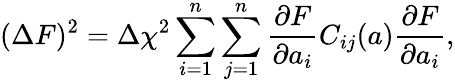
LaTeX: (\Delta F)^{2}=\Delta\chi^{2}\sum_{i=1}^{n}\sum_{j=1}^{n}\frac{\partial F}{\partial a_{i}}C_{ij}(a)\frac{\partial F}{\partial a_{i}},